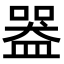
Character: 𥂍